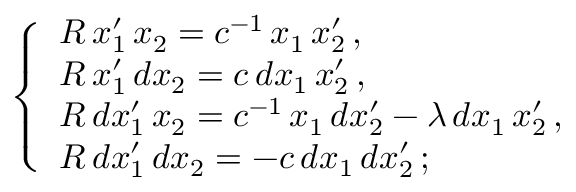
\; \; \; \; \; \left\{ \begin{array} { l } { { R \, x _ { 1 } ^ { \prime } \, x _ { 2 } = c ^ { - 1 } \, x _ { 1 } \, x _ { 2 } ^ { \prime } \, , } } \\ { { R \, x _ { 1 } ^ { \prime } \, d x _ { 2 } = c \, d x _ { 1 } \, x _ { 2 } ^ { \prime } \, , } } \\ { { R \, d x _ { 1 } ^ { \prime } \, x _ { 2 } = c ^ { - 1 } \, x _ { 1 } \, d x _ { 2 } ^ { \prime } - \lambda \, d x _ { 1 } \, x _ { 2 } ^ { \prime } \, , } } \\ { { R \, d x _ { 1 } ^ { \prime } \, d x _ { 2 } = - c \, d x _ { 1 } \, d x _ { 2 } ^ { \prime } \, ; } } \end{array} \right.